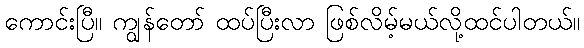
ကောင်းပြီ။ ကျွန်တော် ထပ်ပြီးလာ ဖြစ်လိမ့်မယ်လို့ထင်ပါတယ်။